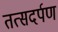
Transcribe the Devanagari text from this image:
तत्सदर्पण